Report on sanitation, dispensaries, and jails in Rajputana for 1916, and on vaccination for the year 1916-1917 - 1916-1917
Year: 1916
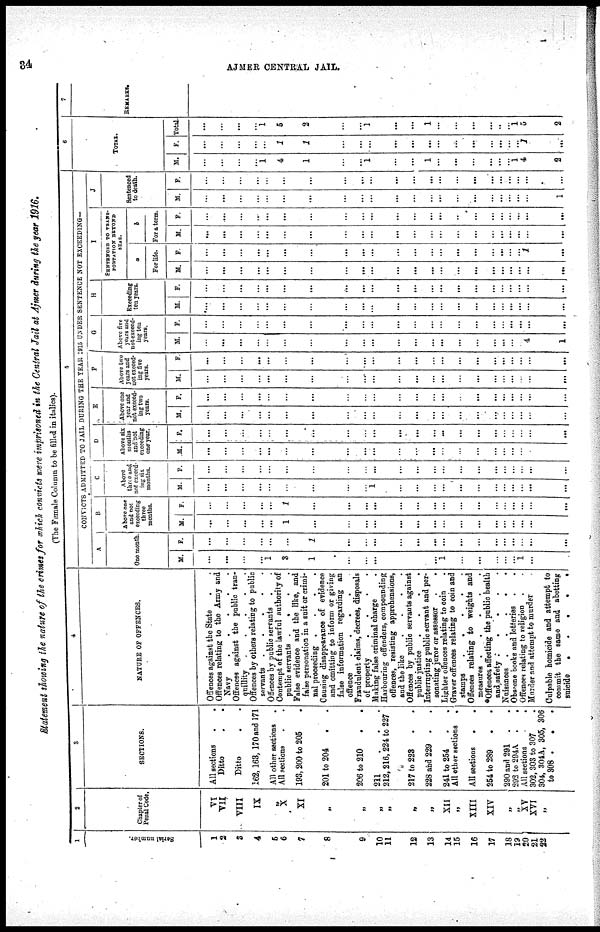
34
AJMER CENTRAL JAIL.
Statement showing the nature of the crimes for which convicts were imprisoned in the Central Jail at Ajmer during the year 1916.
(The Female Column to be filled in italics).
1
Serial
number.
1
2
3
4
5
6
7
8
9
10
11
12
13
14
15
16
17
18
19
20
21
22
2
Chapter of
Penal Code.
VI
VII
VIII
IX
X
XI
„
„
„
„
„
XII
„
XIII
XIV
„
„
XV
XVI
„
3
SECTIONS.
All sections
.
.
Ditto . .
Ditto
162, 163, 170 and 171
All other sections
.
All sections . .
193, 200 to 205 .
201 to 204 . .
206 to 210 . .
211
.
.
.
212, 216, 224 to 227
217 to 223 . .
228 and 229 . .
241 to 254 . .
All other sections
.
All sections
.
.
254 to 289 . .
290 and 291 . .
293 to 294A
. .
All sections
.
.
302, 303 to 307 .
304, 304A, 305, 306
to 308 .
.
.
4
NATURE OF OFFENCES.
Offences against the State . .
Offences relating to the Army and
Navy
Offences against the public tran-
quillity
Offences by others relating to public
servants
Offences by public servants . .
Contempt of the lawful Authority of
public servants . . . .
False evidence and the like, and
false personation in a suit or crimi-
nal proceeding .
.
.
.
Causing disappearance of evidence
and omitting to inform or giving
false information regarding an
offence
.
.
.
.
Fraudulent claims, decrees, disposals
of property
.
.
.
.
making false criminal charge .
Harbouring offenders, compounding
offences, resisting apprehensions,
and the like
.
.
.
.
Offences by public servants against
public justice
.
.
.
.
Interrupting public servant and per-
sonating juror or assessor . .
Lighter offences relating to coin .
Graver offences relating to coin and
stamps
.
.
.
.
.
Offences relating to weights and
measures .
.
.
.
.
Offences affecting the public health
and, safety .
.
.
.
.
Nuisances .
.
.
.
.
Obscene books and lotteries . .
Offences relating to religion . .
Murder and attempt to murder .
Culpable homicide and attempt to
commit the same and abetting
suicide
.
.
.
.
.
5
CONVICTS ADMITTED TO JAIL DURING THE YEAR 1915 UNDER SENTENCE NOT EXCEEDING—
A
One month.
M.
...
...
...
...
1
3
1
...
...
...
...
...
...
1
...
...
...
...
...
1
...
...
F.
...
...
...
...
...
...
1
...
...
...
...
...
...
...
...
...
...
...
...
...
...
...
B
Above one
and not
exceeding
three
months.
M.
...
...
...
...
...
1
...
...
...
...
...
...
...
...
...
...
...
...
...
...
...
...
F.
...
...
...
...
...
1
...
...
...
...
...
...
...
...
...
...
...
...
...
...
...
...
C
Above
three and
not exceed¬
ing six
months.
M.
...
...
...
...
...
...
...
...
...
1
...
...
...
...
...
...
...
...
...
...
...
...
F.
...
...
...
...
...
...
...
...
...
...
...
...
...
...
...
...
...
...
...
...
...
...
D
Above six
months
and not
exceeding
one year.
M.
...
...
...
...
...
...
...
...
...
...
...
...
...
...
...
...
...
...
...
...
...
...
F.
...
...
...
...
...
...
...
...
...
...
...
...
...
...
...
...
...
...
...
...
...
...
E
Above one
year and
not exceed
ing two
years.
M.
...
...
...
...
...
...
...
...
...
...
...
...
...
...
...
...
...
...
...
...
...
...
F.
...
...
...
...
...
...
...
...
...
...
...
...
...
...
...
...
...
...
...
...
...
...
F
Above two
years and
not exceed-
ing five
years.
M.
...
...
...
...
...
...
...
...
...
...
...
...
...
...
...
...
...
...
...
...
...
...
F
...
...
...
...
...
...
...
...
...
...
...
...
...
...
...
...
...
...
...
...
...
G
Above five
years and
not exceed-
ing ten
years.
M.
...
...
...
...
...
...
...
...
...
...
...
...
...
...
...
...
...
...
...
...
4
1
F.
...
...
...
...
...
...
...
...
...
...
...
...
...
...
...
...
...
...
...
...
...
...
H
Exceeding
ten years.
M.
...
...
...
...
...
...
...
...
...
...
...
...
...
...
...
...
...
...
...
...
...
...
F.
...
...
...
...
...
...
...
...
...
...
...
...
...
...
...
...
...
...
...
...
...
...
I
SENTENCED TO TRANS
PORTATION BEYOND SEAS
a
For life.
M.
...
...
...
...
...
...
...
...
...
...
...
...
...
...
...
...
...
...
...
...
...
...
F.
...
...
...
...
...
...
...
...
...
...
...
...
...
...
...
...
...
...
...
...
1
...
b
For a term.
M.
...
...
...
...
...
...
...
...
...
...
...
...
...
...
...
...
...
...
...
...
...
...
F.
...
...
...
...
...
...
...
...
...
...
...
...
...
...
...
...
...
...
...
...
...
J
Sentenced
to death.
M.
...
...
...
...
...
...
...
...
...
...
...
...
...
...
...
...
...
...
...
...
...
1
F.
...
...
...
...
...
...
...
...
...
...
...
...
...
...
...
...
...
...
...
...
...
...
6
TOTAL.
M.
...
...
...
...
1
4
1
...
...
1
...
...
1
...
...
...
...
...
...
1
4
2
F.
...
...
...
...
...
1
1
...
...
...
...
...
...
...
...
...
...
...
...
...
1
...
Total.
...
...
...
...
1
5
2
...
...
1
...
...
1
...
...
...
...
...
...
1
5
2
7
REMARKS.
...
...
...
...
...
...
...
...
...
...
...
...
...
...